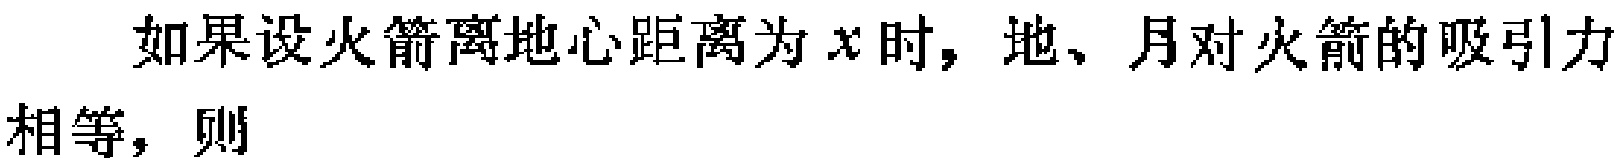
如果设火箭离地心距离为\(x\)时，地、月对火箭的吸引力相等，则